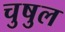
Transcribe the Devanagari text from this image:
चुषुल